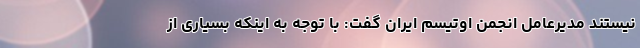
نیستند مدیرعامل انجمن اوتیسم ایران گفت: با توجه به اینکه بسیاری از